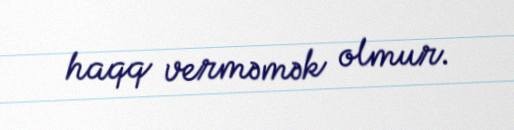
haqq verməmək olmur.